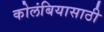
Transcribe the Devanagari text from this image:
कोलंबियासाठी